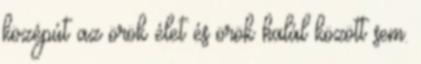
középút az örök élet és örök halál között sem.